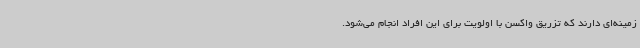
زمینه‌ای دارند که تزریق واکسن با اولویت برای این افراد انجام می‌شود.